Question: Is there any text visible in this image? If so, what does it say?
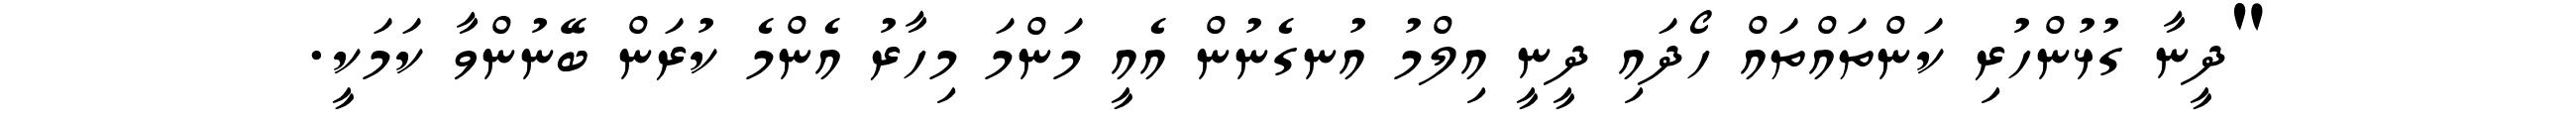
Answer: "ދީނާ ގުޅުންހުރި ކަންތައްތައް ހޯދައި ދީނީ އިލްމު އުނގެނުން އެއީ މަންމަ މިހާރު އެންމެ ކުރަން ބޭނުންވާ ކަމަކީ.